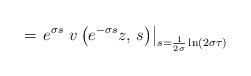
LaTeX: \begin{align*}=\left.e^{\sigma s}\,\,v\left(e^{-\sigma s}z,\,s\right)\right|_{s=\frac{1}{2\sigma}\ln\left(2\sigma\tau\right)}\end{align*}